Civil Veterinary Dept. North-West Frontier Province 1901-22 - 1901-1922
Year: 1901
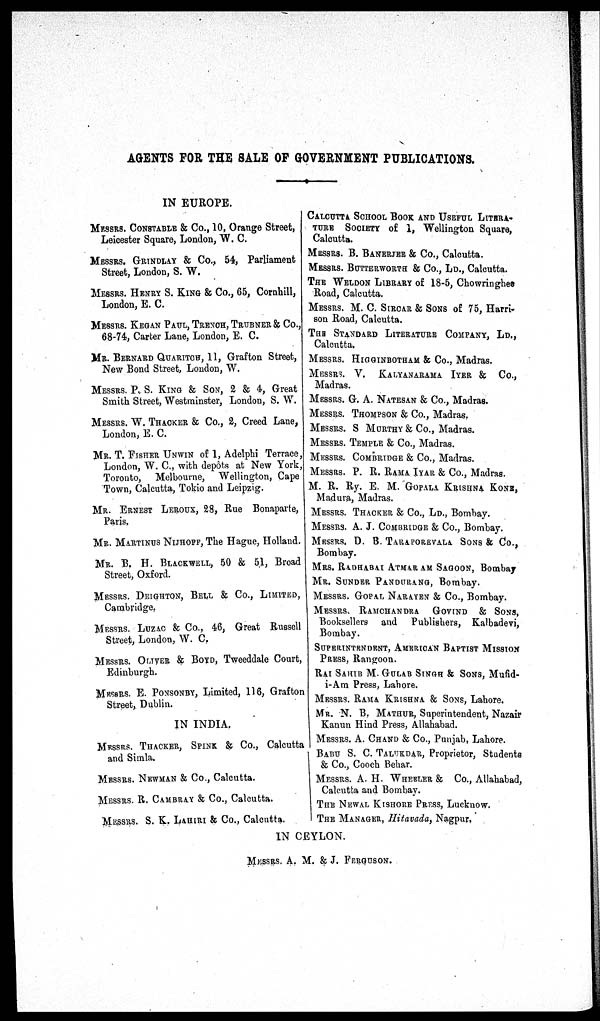
AGENTS FOR THE SALE OP GOVERNMENT PUBLICATIONS.
IN EUROPE.
MESSRS. CONSTABLE & Co., 10, Orange Street,
Leicester Square, London, W. C.
MESSRS. GRINDLAY & Co., 54, Parliament
Street, London, S. W.
MESSRS. HENRY S. KING & Co., 65, Cornhill,
London, E. C.
MESSRS. KEGAN PAUL, TRENCH, TRUBNER & Co.,
68-74, Carter Lane, London, E. C.
MR. BERNARD QUARITCH, 11, Grafton Street,
New Bond Street London, W.
MESSRS. P. S. KING & SON, 2 & 4, Great
Smith Street, Westminster, London, S. W.
MESSRS. W. THACKER & Co., 2, Creed Lane,
London, E. C.
MR. T. EISHER UNWIN of 1, Adelphi Terrace,
London, W. C, with depots at New York,
Toronto, Melbourne, Wellington, Cape
Town, Calcutta, Tokio and Leipzig.
MR. ERNEST LEROUX, 28, Rue Bonaparte,
Paris,
MR. MAUTINUS NIJHOPF, The Hague, Holland.
MR. B. H. BLACKWELL, 50 & 51, Broad
Street, Oxford.
MESSRS. DEIGHTON, BELL & Co., LIMITED,
Cambridge.
MESSRS. LUZAC & Co., 46, Great Russell
Street, London, W. C.
MESSRS. Oliyer & BOYD, Tweeddale Court,
Edinburgh.
MESSRS. E. PONSONBY, Limited, 116, Grafton
Street, Dublin.
IN INDIA.
MESSRS. THACKER, SPINK & Co., Calcutta
and Simla.
MESSRS. NEWMAN & Co., Calcutta.
MESSRS. R. CAMBRAY & Co., Calcutta.
MESSRS. S. K. LAHIRI & Co., Calcutta.
CALCUTTA SCHOOL BOOK AND USEFUL LITBRA-
TURE SOCIETY of 1, Wellington Square,
Calcutta.
MESSRS. B. BANERJEE & Co., Calcutta.
MESSRS. BUTTERWORTH & Co., LD., Calcutta.
THE WELDON LIBRARY of 18-5, Chowringhee
Road, Calcutta.
MESSRS. M. C. SIRCAR & SONS of 75, Harri-
son Road, Calcutta.
THE STANDARD LITERATURE COMPANY, LD.,
Calcutta.
MESSRS. HIGGINBOTHAM & Co., Madras.
MESSRS. V.
KALYANARAMA IYER & Co.,
Madras.
MESSRS. G. A. NATESAN & Co., Madras.
MESSRS. THOMPSON & Co., Madras,
MESSRS. S MURTHY & Co., Madras.
MESSRS. TEMPLE & Co., Madras.
MESSRS. COMBRIDGE & Co., Madras.
MESSRS. P. R. RAMA IYAR & Co., Madras.
M. R. Ry. E. M. GOPALA KRISHNA KONE,
Madura, Madras.
MESSRS. THACKER & Co., LD., Bombay.
MESSRS. A. J. COMBRIDGE & Co., Bombay.
MESSRS. D. B. TARAPOREVALA SONS & Co.,
Bombay.
MRS. RADHABAI ATMAR AM SAGOON, Bombay
MR. SUNDER PANDITRANG, Bombay.
MESSRS. GOPAL NARAYEN & Co., Bombay.
MESSRS. RAMCHANDRA
Govind & SONS,
Booksellers and Publishers, Kalbadevi,
Bombay.
SUPERINTENDENT, AMERICAN BAPTIST MISSION
PRESS, Rangoon.
RAI SAHIB M. GULAB SINGH & SONS, Mufid-
i-Am Press, Labore.
MESSRS. RAMA KRISHNA & SONS, Lahore.
MR. N. B., MATHUR, Superintendent, Nazair
Kanun Hind Press, Allahabad.
MESSRS. A. CHAND & Co., Punjab, Lahore.
BABU S. C. TALUKDAR, Proprietor, Students
& Co., Cooch Behar.
MESSRS. A. H. WHEELER & Co., Allahabad,
Calcutta and Bombay.
THE NEWAL KISHORE PRESS, Lucknow.
I THE MANAGER, Hitavada, Nagpur.
IN CEYLON.
MESSRS. A. M. & J. FERGUSON.